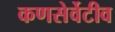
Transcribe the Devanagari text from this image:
कणसेर्वेटीव